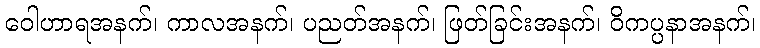
ဝေါဟာရအနက်၊ ကာလအနက်၊ ပညတ်အနက်၊ ဖြတ်ခြင်းအနက်၊ ဝိကပ္ပနာအနက်၊